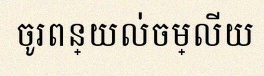
ចូរពន្យល់ចម្លើយ